Lunatic asylums Central Provinces reports 1874-1885 - 1874-1885
Year: 1874
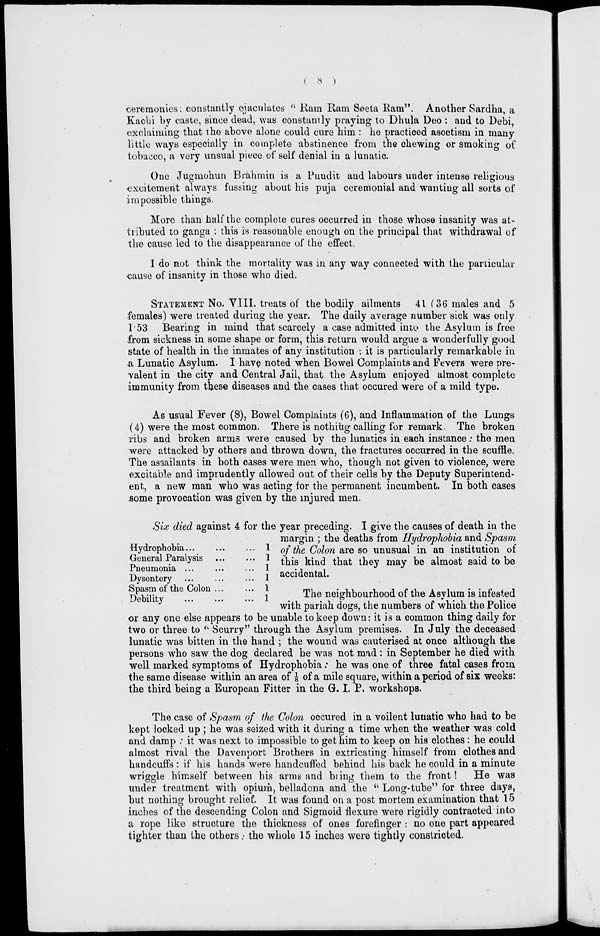
(
8
)
ceremonies constantly ejaculates " Ram Ram Seeta Ram". Another Sardha, a
Kachi by caste, since dead, was constantly praying to Dhula Deo : and to Debi,
exclaiming that the above alone could cure him : he practiced ascetism in many
little ways especially in complete abstinence from the chewing or smoking of
tobacco, a very unsual piece of self denial in a lunatic.
One Jugmohun Brahmin is a Pundit and labours under intense religious
excitement always fussing about his puja ceremonial and wanting all sorts of
impossible things.
More than half the complete cures occurred in those whose insanity was at-
tributed to ganga : this is reasonable enough on the principal that withdrawal of
the cause led to the disappearance of the effect.
I do not think the mortality was in any way connected with the particular
cause of insanity in those who died.
STATEMENT No. VIII. treats of the bodily ailments 41 (36 males and 5
females) were treated during the year. The daily average number sick was only
1.53 Bearing in mind that scarcely a case admitted into the Asylum is free
from sickness in some shape or form, this return would argue a wonderfully good
state of health in the inmates of any institution : it is particularly remarkable in
a Lunatic Asylum. I have noted when Bowel Complaints and Fevers were pre-
valent in the city and Central Jail, that the Asylum enjoyed almost complete
immunity from these diseases and the cases that occured were of a mild type.
As usual Fever (8), Bowel Complaints (6), and Inflammation of the Lungs
(4) were the most common. There is nothiùg calling for remark. The broken
ribs and broken arms were caused by the lunatics in each instance: the men
were attacked by others and thrown down, the fractures occurred in the scuffle.
The assailants in both cases were men who, though not given to violence, were
excitable and imprudently allowed out of their cells by the Deputy Superintend-
ent, a new man who was acting for the permanent incumbent. In both cases
some provocation was given by the injured men.
Hydrophobia ...
...
...
General Paralysis ...
...
Pneumonia ...
...
...
Dysentery ...
...
...
Spasm of the Colon ...
...
Debility
...
...
...
1
1
1
1
1
1
Six died against 4 for the year preceding. I give the causes of death in the
margin ; the deaths from Hydrophobia and Spasm
of the Colon are so unusual in an institution of
this kind that they may be almost said to be
accidental.
The neighbourhood of the Asylum is infested
with pariah dogs, the numbers of which the Police
or any one else appears to be unable to keep down: it is a common thing daily for
two or three to " Scurry'' through the Asylum premises. In July the deceased
lunatic was bitten in the hand ; the wound was cauterised at once although the
persons who saw the dog declared he was not mad : in September he died with
well marked symptoms of Hydrophobia: he was one of three fatal cases from
the same disease within an area of 1/8 of a mile square, within a period of six weeks:
the third being a European Fitter in the G. I. P. workshops.
The case of Spasm of the Colon occured in a voilent lunatic who had to be
kept locked up; he was seized with it during a time when the weather was cold
and damp : it was next to impossible to get him to keep on his clothes: he could
almost rival the Davenport Brothers in extricating himself from clothes and
handcuffs : if his hands were handcuffed behind his back he could in a minute
wriggle himself between his arms and bring them to the front ! He was
under treatment with opium, belladona and the " Long-tube" for three days,
but nothing brought relief. It was found on a post mortem examination that 15
inches of the descending Colon and Sigmoid flexure were rigidly contracted into
a rope like structure the thickness of ones forefinger : no one part appeared
tighter than the others : the whole 15 inches were tightly constricted.